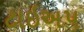
ટાઇઅપ